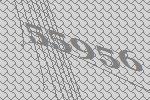
55956